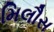
મિલૌસ